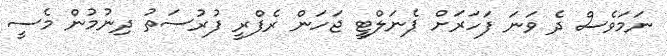
ނަމަވެސް ދެ ވަނަ ފަހަރަށް ޕެނަލްޓީ ޖަހަން ރެފްރީ ފުރުސަތު ދިނުމުން މެސީ